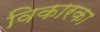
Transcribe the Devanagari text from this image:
विकारका